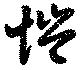
愷